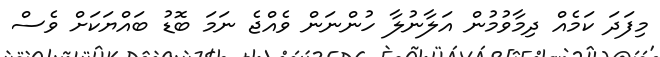
މިފަދަ ކަމެއް ދިމާވުމުން އަލާނުލާ ހުންނަން ވެއްޖެ ނަމަ ބޮޑު ބައްޔަކަށް ވެސް